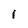
Character: i